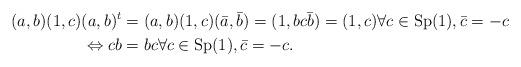
LaTeX: \begin{align*}(a,b)(1,c)(a,b)^t &= (a,b)(1,c)(\bar{a},\bar{b})= (1, b c\bar{b}) = (1, c)\forall c \in \operatorname{Sp}(1), \bar{c}= -c\\ \Leftrightarrow cb &= bc \forall c \in \operatorname{Sp}(1), \bar{c}= -c.\end{align*}